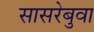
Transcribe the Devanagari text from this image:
सासरेबुवा